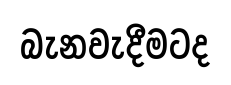
බැනවැදීමටද